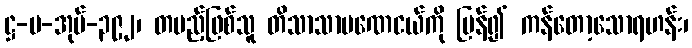
ဋ္ဌ-ပ-အုပ်-၃၉၂၊ တပည့်ဖြစ်သူ တိသာသာမဏေငယ်ကို ပြန်၍ ကန်တော့သောရဟန်း၊